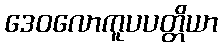
ဒေဝလောကူပပတ္တိယာ